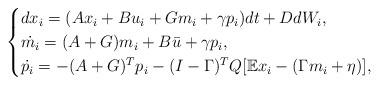
LaTeX: \begin{align*} \begin{cases}dx_i =( Ax_i +Bu_i +G m_i+\gamma p_i) dt +D dW_i,\\ \dot {m_i} = (A + G)m_i +B\bar u +\gamma p_i,\\ \dot{ p_i} = -(A+G)^T p_i -(I-\Gamma)^T Q [\mathbb{E}x_i- (\Gamma m_i+\eta)],\end{cases}\end{align*}